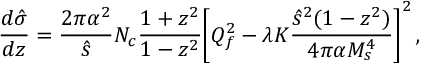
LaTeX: { \frac { d \hat { \sigma } } { d z } } = { \frac { 2 \pi \alpha ^ { 2 } } { \hat { s } } } N _ { c } { \frac { 1 + z ^ { 2 } } { 1 - z ^ { 2 } } } \biggl [ Q _ { f } ^ { 2 } - \lambda K { \frac { \hat { s } ^ { 2 } ( 1 - z ^ { 2 } ) } { 4 \pi \alpha M _ { s } ^ { 4 } } } \biggr ] ^ { 2 } \, ,